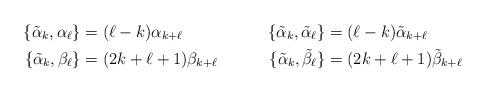
LaTeX: \begin{align*} \{ \tilde\alpha_k , \alpha_\ell \} &= (\ell-k) \alpha_{k+\ell} & \{ \tilde\alpha_k , \tilde\alpha_\ell \} &= (\ell-k) \tilde\alpha_{k+\ell} \\ \{ \tilde\alpha_k , \beta_\ell \} &= (2k+\ell+1) \beta_{k+\ell} & \{ \tilde\alpha_k , \tilde\beta_\ell \} &= (2k+\ell+1) \tilde\beta_{k+\ell} \end{align*}